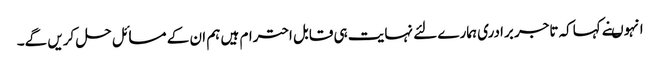
انہوںنے کہاکہ تاجر برادری ہمارے لئے نہایت ہی قابل احترام ہیں ہم ان کے مسائل حل کریں گے۔